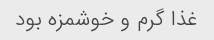
غذا گرم و خوشمزه بود